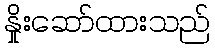
နှိုးဆော်ထားသည်